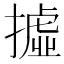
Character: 𢴮